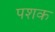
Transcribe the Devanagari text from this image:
पशक